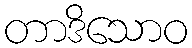
တာဒိသောဝ